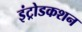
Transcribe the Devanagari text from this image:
इंट्रोडकशन